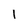
Character: 1